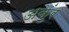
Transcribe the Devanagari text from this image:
अकुंर